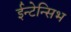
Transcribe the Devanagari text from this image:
ईन्टेन्सिभ